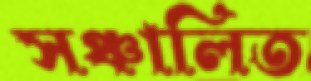
সঞ্চালিত